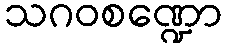
သဂဝစဏ္ဍော